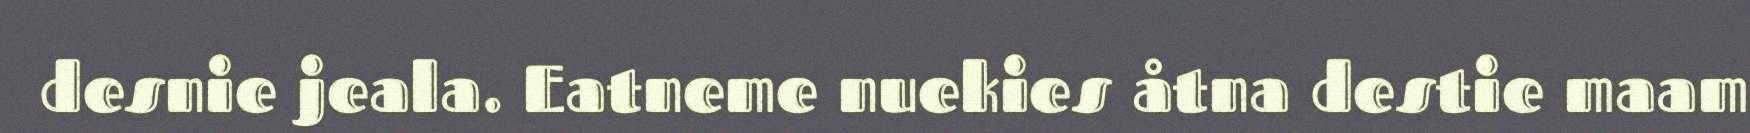
desnie jeala. Eatneme nuekies åtna destie maam